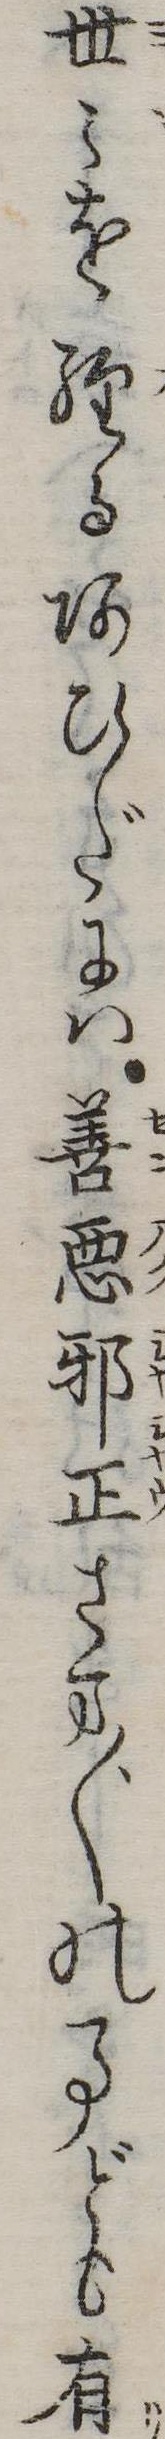
世を経るあひだには善悪邪正さま〲事ども有